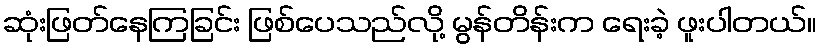
ဆုံးဖြတ်နေကြခြင်း ဖြစ်ပေသည်လို့ မွန်တိန်းက ရေးခဲ့ ဖူးပါတယ်။